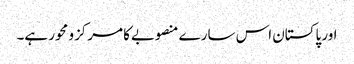
اور پاکستان اس سارے منصوبےکا مرکزو محور ہے۔